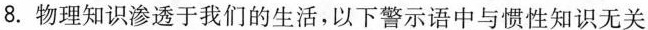
8.物理知识渗透于我们的生活，以下警示语中与惯性知识无关